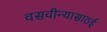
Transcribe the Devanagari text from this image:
वसवीन्यासाठई